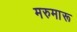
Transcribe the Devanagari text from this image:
मरुमारू